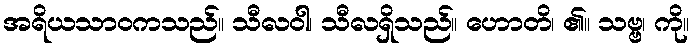
အရိယသာဝကသည်။ သီလဝါ၊ သီလရှိသည်။ ဟောတိ၊ ၏။ သဗ္ဗ၊ ကို။